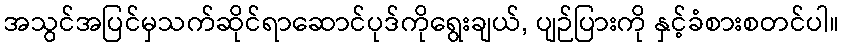
အသွင်အပြင်မှသက်ဆိုင်ရာဆောင်ပုဒ်ကိုရွေးချယ်, ပျဉ်ပြားကို နှင့်ခံစားစတင်ပါ။